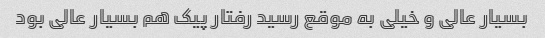
بسیار عالی و خیلی به موقع رسید رفتار پیک هم بسیار عالی بود